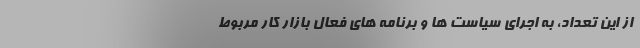
از این تعداد، به اجرای سیاست ها و برنامه های فعال بازار کار مربوط